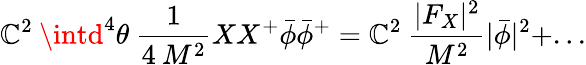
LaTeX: \mathbb{C}^{2}\: \intd^{4}\theta\: {\frac{{1}}{{4\: M^{2}}}}XX^{+}\bar{{\phi}}\bar{{\phi}}^{+}=\mathbb{C}^{2}\: {\frac{{|F_{X}|^{2}}}{{M^{2}}}}|\bar{{\phi}}|^{2}+...